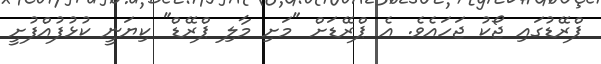
ޕްރޭޑުގައި ޖޯކު ޖަހައެވެ. އެ ޕްރޭޑަށް "މަށި މާލި ޕްރޭޑް" ކިޔަނީ ކުޅުފުއްފުށީ